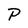
Character: P